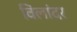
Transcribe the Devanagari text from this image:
विलांदर